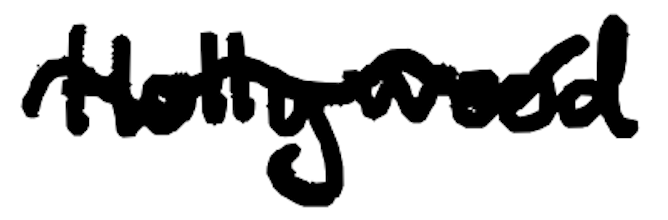
Text: Hollywood
Cross-out: wave
Writing tool: digital_black